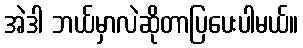
အဲဒါ ဘယ်မှာလဲဆိုတာပြပေးပါမယ်။